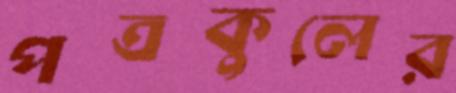
পত্রকুলের